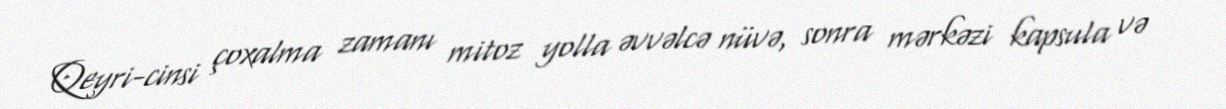
Qeyri-cinsi çoxalma zamanı mitoz yolla əvvəlcə nüvə, sonra mərkəzi kapsula və